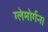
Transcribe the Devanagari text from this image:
ग्लेमोर्गन।